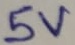
Text: 5V